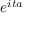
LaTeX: \! \, e ^ { i t a }